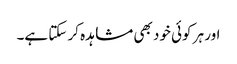
اور ہر کوئی خود بھی مشاہدہ کر سکتا ہے۔